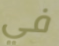
في